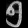
Digit: ၅